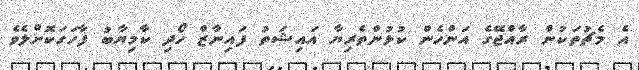
އެ މެޗުތަކުން ރާއްޖޭގެ އަންހެން ކުޅުންތެރިޔާ އައިޝަތު ފައިނާޒް ހޯދި ކާމިޔާބު ފާހަގަކޮށްލެވެ